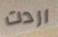
اردت